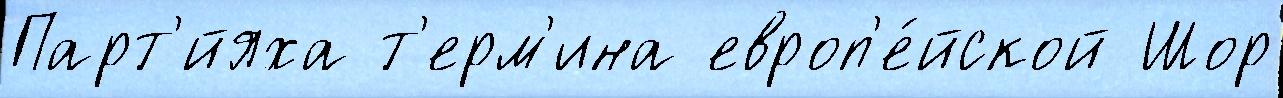
Парт'́йяха т'ерм'ина европ'е́йской Шор